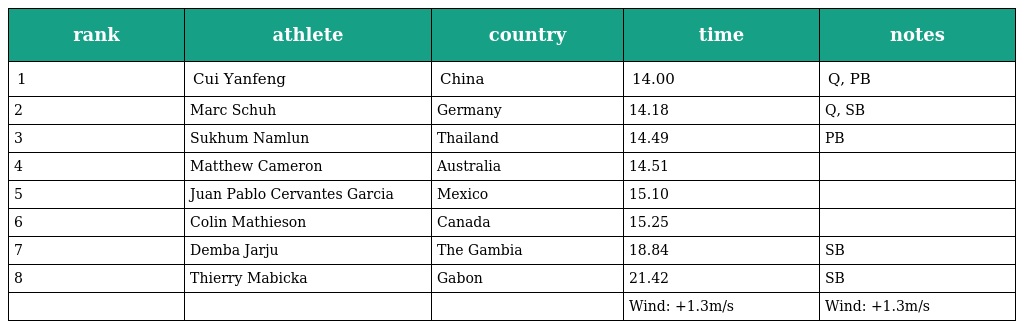
| rank | athlete | country | time | notes |
 | --- | --- | --- | --- | --- |
 | 1 | Cui Yanfeng | China | 14.00 | Q, PB |
 | 2 | Marc Schuh | Germany | 14.18 | Q, SB |
 | 3 | Sukhum Namlun | Thailand | 14.49 | PB |
 | 4 | Matthew Cameron | Australia | 14.51 |  |
 | 5 | Juan Pablo Cervantes Garcia | Mexico | 15.10 |  |
 | 6 | Colin Mathieson | Canada | 15.25 |  |
 | 7 | Demba Jarju | The Gambia | 18.84 | SB |
 | 8 | Thierry Mabicka | Gabon | 21.42 | SB |
 |  |  |  | Wind: +1.3m/s | Wind: +1.3m/s |